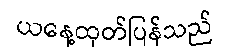
ယနေ့ထုတ်ပြန်သည်